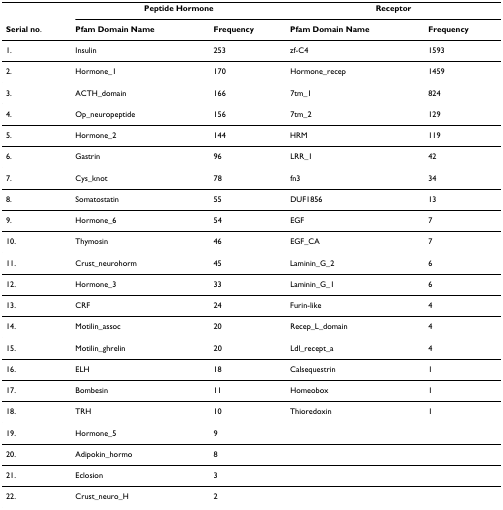
<table><thead><tr><td></td><td colspan="2"><b>Peptide Hormone</b></td><td colspan="2"><b>Receptor</b></td></tr><tr><td><b>Serial no.</b></td><td><b>Pfam Domain Name</b></td><td><b>Frequency</b></td><td><b>Pfam Domain Name</b></td><td><b>Frequency</b></td></tr></thead><tbody><tr><td>1.</td><td>Insulin</td><td>253</td><td>zf-C4</td><td>1593</td></tr><tr><td>2.</td><td>Hormone_1</td><td>170</td><td>Hormone_recep</td><td>1459</td></tr><tr><td>3.</td><td>ACTH_domain</td><td>166</td><td>7tm_1</td><td>824</td></tr><tr><td>4.</td><td>Op_neuropeptide</td><td>156</td><td>7tm_2</td><td>129</td></tr><tr><td>5.</td><td>Hormone_2</td><td>144</td><td>HRM</td><td>119</td></tr><tr><td>6.</td><td>Gastrin</td><td>96</td><td>LRR_1</td><td>42</td></tr><tr><td>7.</td><td>Cys_knot</td><td>78</td><td>fn3</td><td>34</td></tr><tr><td>8.</td><td>Somatostatin</td><td>55</td><td>DUF1856</td><td>13</td></tr><tr><td>9.</td><td>Hormone_6</td><td>54</td><td>EGF</td><td>7</td></tr><tr><td>10.</td><td>Thymosin</td><td>46</td><td>EGF_CA</td><td>7</td></tr><tr><td>11.</td><td>Crust_neurohorm</td><td>45</td><td>Laminin_G_2</td><td>6</td></tr><tr><td>12.</td><td>Hormone_3</td><td>33</td><td>Laminin_G_1</td><td>6</td></tr><tr><td>13.</td><td>CRF</td><td>24</td><td>Furin-like</td><td>4</td></tr><tr><td>14.</td><td>Motilin_assoc</td><td>20</td><td>Recep_L_domain</td><td>4</td></tr><tr><td>15.</td><td>Motilin_ghrelin</td><td>20</td><td>Ldl_recept_a</td><td>4</td></tr><tr><td>16.</td><td>ELH</td><td>18</td><td>Calsequestrin</td><td>1</td></tr><tr><td>17.</td><td>Bombesin</td><td>11</td><td>Homeobox</td><td>1</td></tr><tr><td>18.</td><td>TRH</td><td>10</td><td>Thioredoxin</td><td>1</td></tr><tr><td>19.</td><td>Hormone_5</td><td>9</td><td></td><td></td></tr><tr><td>20.</td><td>Adipokin_hormo</td><td>8</td><td></td><td></td></tr><tr><td>21.</td><td>Eclosion</td><td>3</td><td></td><td></td></tr><tr><td>22.</td><td>Crust_neuro_H</td><td>2</td><td></td><td></td></tr></tbody></table>